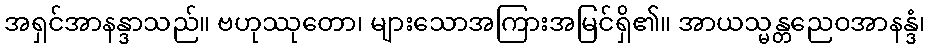
အရှင်အာနန္ဒာသည်။ ဗဟုဿုတော၊ များသောအကြားအမြင်ရှိ၏။ အာယသ္မန္တညေဝအာနန္ဒံ၊